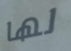
لها